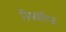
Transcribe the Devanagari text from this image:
निमकॉफ